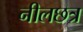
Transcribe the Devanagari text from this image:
नीलछत्र